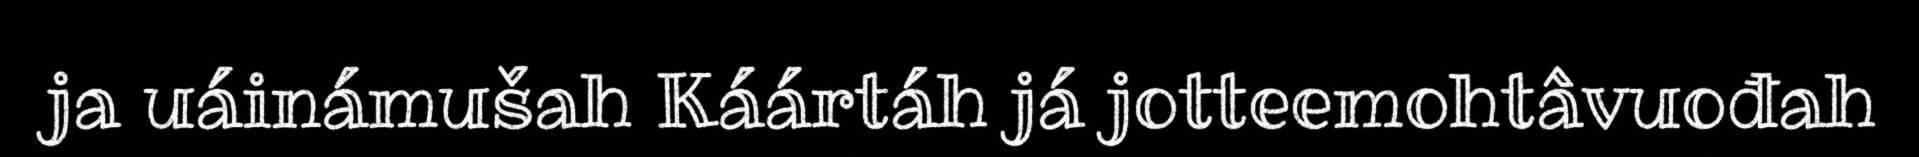
ja uáinámušah Káártáh já jotteemohtâvuođah